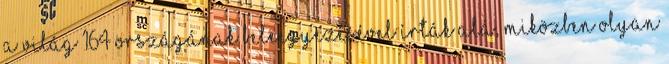
a világ 164 országának beleegyezésével írták alá, miközben olyan